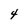
Character: 4